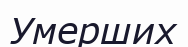
Умерших